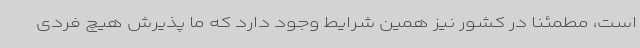
است، مطمئنا در کشور نیز همین شرایط وجود دارد که ما پذیرش هیچ فردی